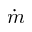
\dot { m }